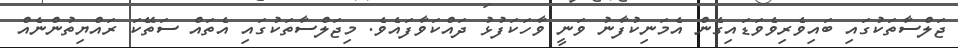
ޖަލްސާތަކުގައި ބައިވެރިވެވަޑައިގެން އެމަނިކުފާނު ވަނީ ވާހަކަފުޅު ދައްކަވާފައެވެ. މިޖަލްސާތަކުގައި އެތައް ސަތޭކަ ރައްޔިތުންނެއް